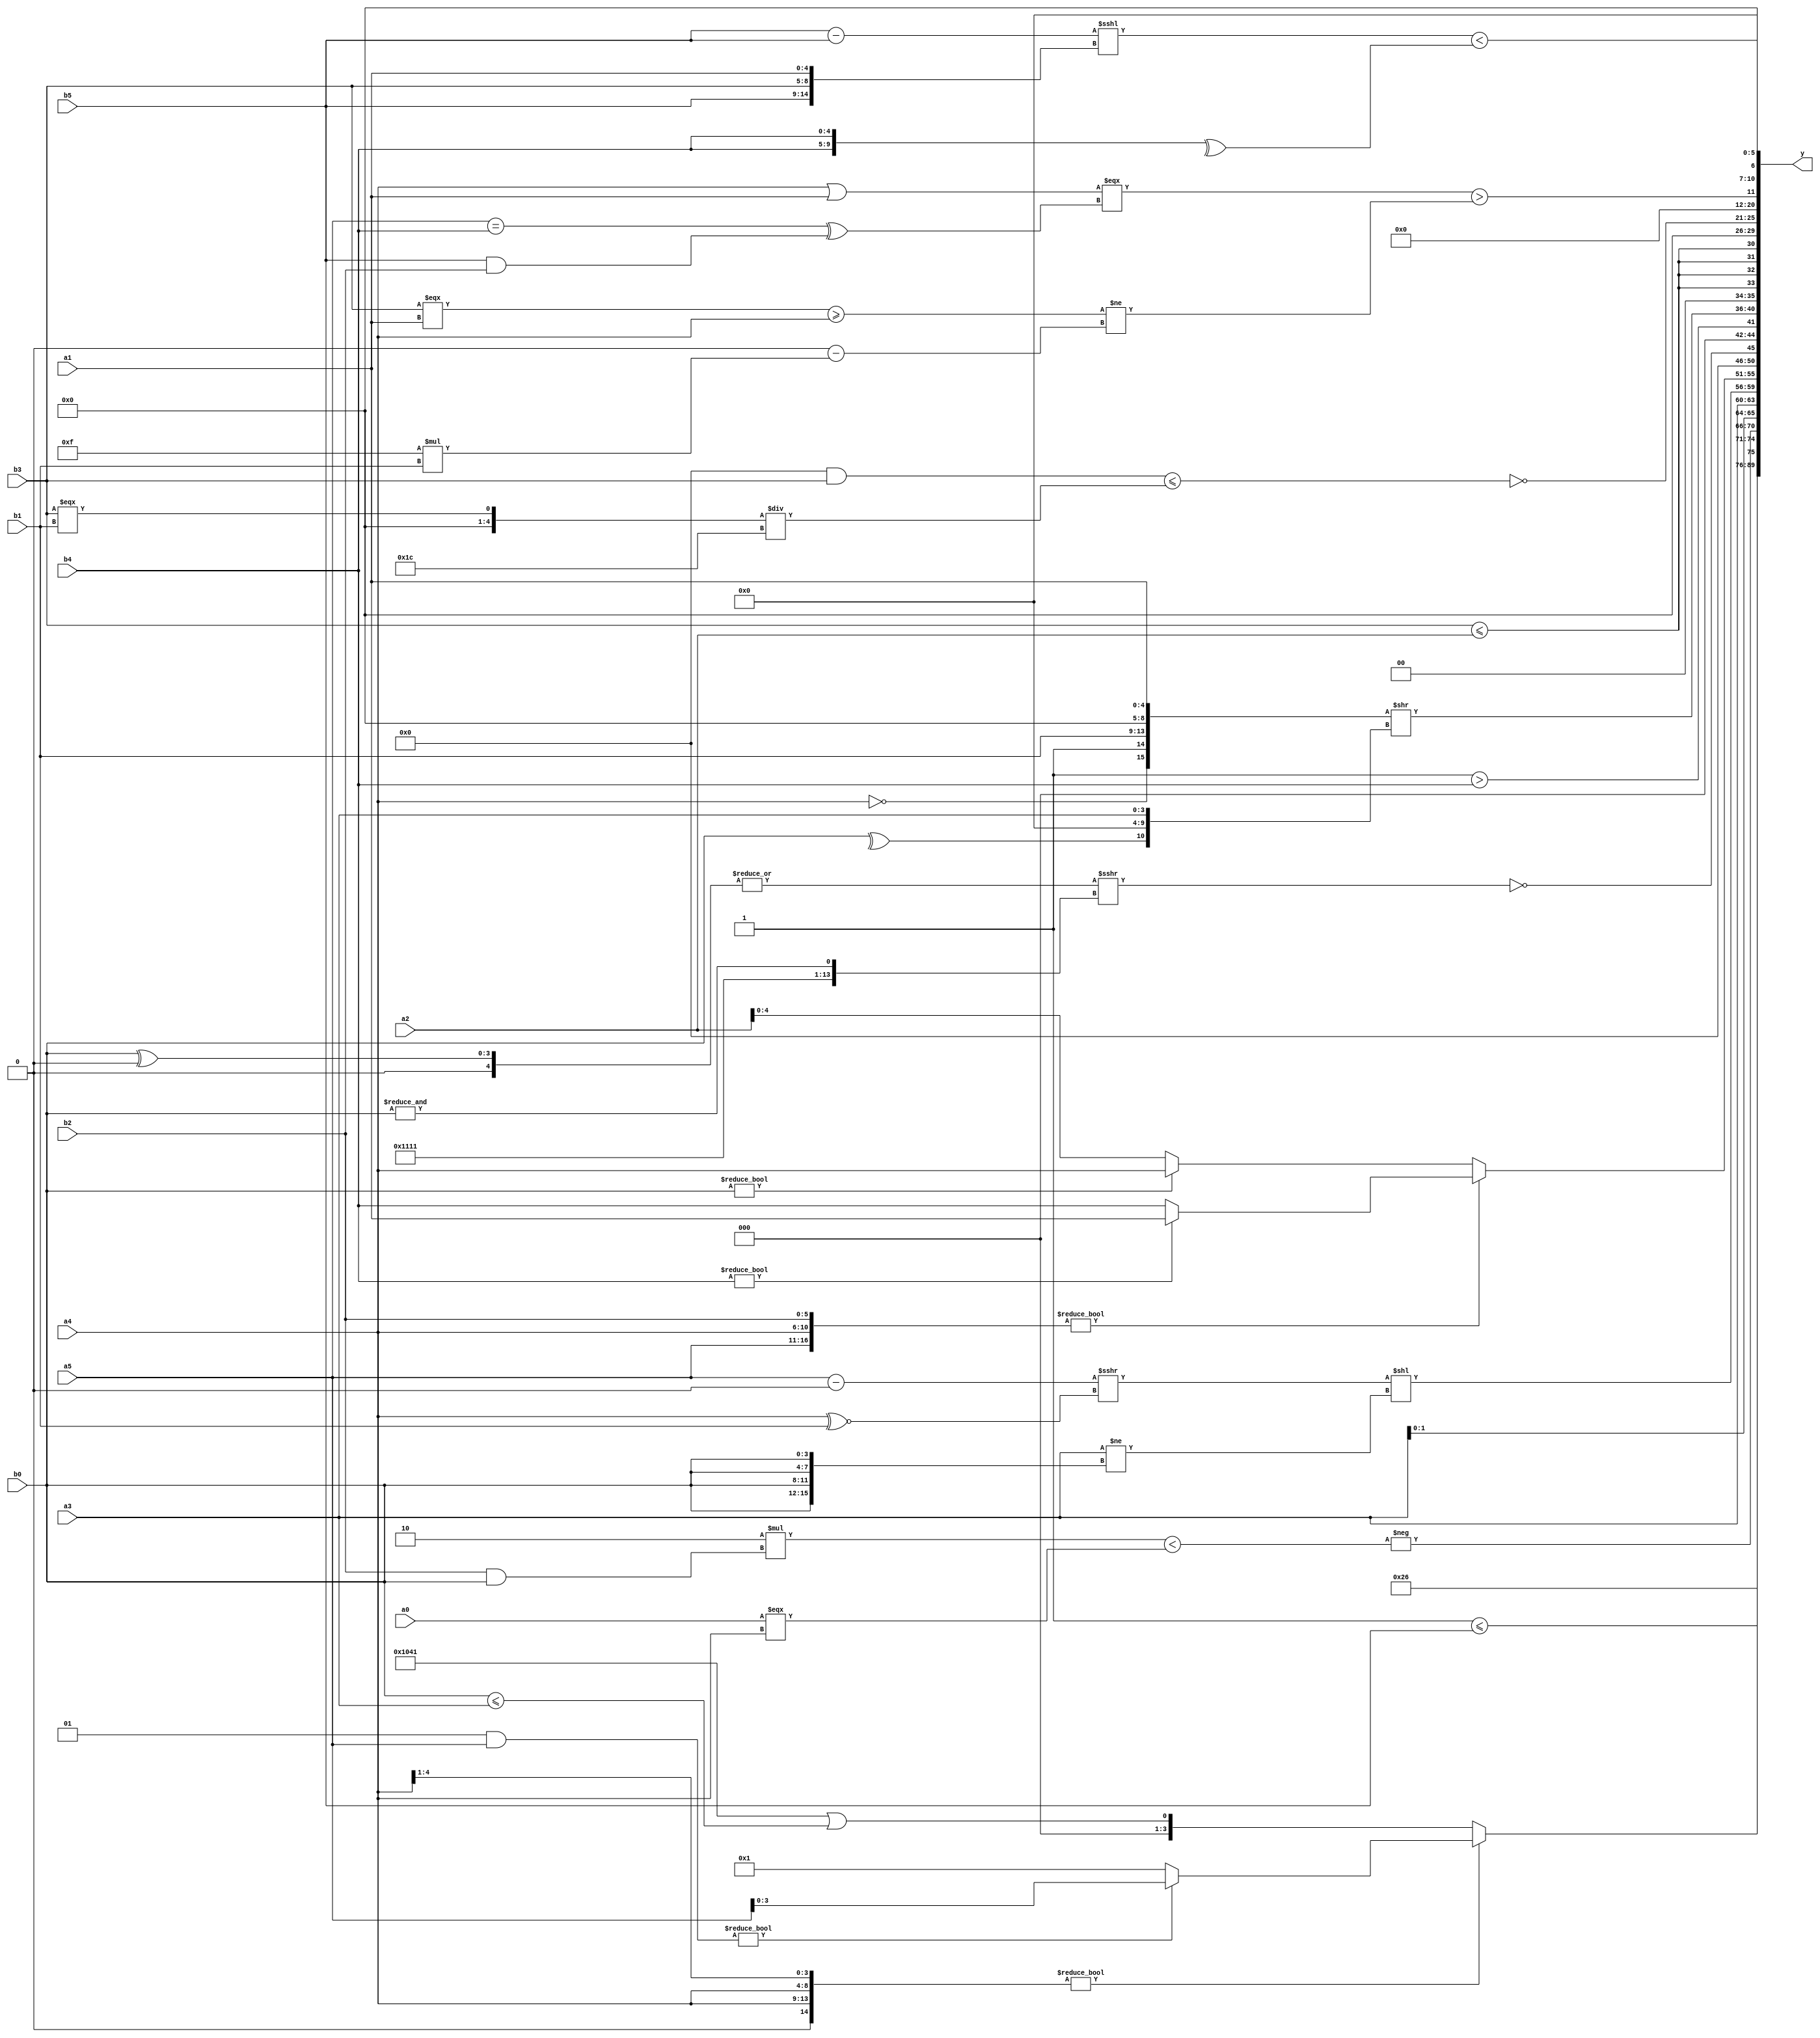
module expression_00653(a0, a1, a2, a3, a4, a5, b0, b1, b2, b3, b4, b5, y);
  input [3:0] a0;
  input [4:0] a1;
  input [5:0] a2;
  input signed [3:0] a3;
  input signed [4:0] a4;
  input signed [5:0] a5;

  input [3:0] b0;
  input [4:0] b1;
  input [5:0] b2;
  input signed [3:0] b3;
  input signed [4:0] b4;
  input signed [5:0] b5;

  wire [3:0] y0;
  wire [4:0] y1;
  wire [5:0] y2;
  wire signed [3:0] y3;
  wire signed [4:0] y4;
  wire signed [5:0] y5;
  wire [3:0] y6;
  wire [4:0] y7;
  wire [5:0] y8;
  wire signed [3:0] y9;
  wire signed [4:0] y10;
  wire signed [5:0] y11;
  wire [3:0] y12;
  wire [4:0] y13;
  wire [5:0] y14;
  wire signed [3:0] y15;
  wire signed [4:0] y16;
  wire signed [5:0] y17;

  output [89:0] y;
  assign y = {y0,y1,y2,y3,y4,y5,y6,y7,y8,y9,y10,y11,y12,y13,y14,y15,y16,y17};

  localparam [3:0] p0 = ((3'd3)?(-2'sd1):(3'd2));
  localparam [4:0] p1 = {(&{{{(3'd6)},{(5'd12)},(|(4'd5))},{(^(2'd2)),((5'sd2)===(5'sd13)),((-2'sd0)>>>(2'sd0))}})};
  localparam [5:0] p2 = ((((3'd3)==(5'd13))>((3'sd1)^~(5'd30)))!=(((3'd0)^(-3'sd1))&((2'sd0)<=(-4'sd2))));
  localparam signed [3:0] p3 = (-(!((5'd11)?(5'd1):(5'sd7))));
  localparam signed [4:0] p4 = (+{(~^(|{3{{(4'sd5),(5'd1)}}}))});
  localparam signed [5:0] p5 = {{(2'd1),(3'd1)},{(5'd24),(3'sd0)},((5'd6)===(5'd20))};
  localparam [3:0] p6 = {(((2'sd0)|(2'd2))&((2'sd1)>=(2'd0))),(~&(4'd2 * (3'd1)))};
  localparam [4:0] p7 = (+(3'd7));
  localparam [5:0] p8 = (((2'sd0)<=(4'd12))>>((-3'sd3)>(-2'sd1)));
  localparam signed [3:0] p9 = (((5'sd15)|(^(5'd2 * (3'd6))))^~(-(~(4'sd0))));
  localparam signed [4:0] p10 = ((5'd14)?(3'd6):(((-5'sd14)^(5'd29))>(4'd15)));
  localparam signed [5:0] p11 = (^(((4'sd6)>>((4'd5)&&(2'd0)))^(-3'sd2)));
  localparam [3:0] p12 = (((2'd1)*(3'sd1))<(|((5'd5)<(2'sd0))));
  localparam [4:0] p13 = (~((-2'sd1)?(5'sd3):(5'd25)));
  localparam [5:0] p14 = ((3'sd0)!==(((4'd0)<<(2'd1))<<<((-3'sd2)+(4'd2))));
  localparam signed [3:0] p15 = {1{{4{(2'd2)}}}};
  localparam signed [4:0] p16 = ((-4'sd5)==(2'sd0));
  localparam signed [5:0] p17 = {(-2'sd0),(-5'sd3),(4'sd2)};

  assign y0 = $unsigned({3{$signed((~(p11&&p11)))}});
  assign y1 = (+(~^(~^(~&(~^(!(~&(!(~^(|(|(~|(&(&(~|(!(!p13)))))))))))))))));
  assign y2 = {({(p15<=p11)}-{(p16<<p15)}),{(a1<p0),(p13+p15),(p8<=b5)}};
  assign y3 = ($unsigned(({3{a4}}>>(p8)))?((p11&a5)?(p10?a5:p6):(p5<=p5)):({3{p8}}||(b0<=a3)));
  assign y4 = (-((4'd2 * (b2&&b0))<((p14?a2:p15)?(a0===a4):((a0===a1)))));
  assign y5 = {2{a3}};
  assign y6 = (((a5-p1)>>>(a4^~b1))<<{1{((a3>>p4)!={4{b0}})}});
  assign y7 = ({a5,a4,b2}?$unsigned((b4?a1:b4)):$unsigned((b0?a4:a2)));
  assign y8 = (~&((|(+(b0^p4)))>>>{{4{p9}},(&b0)}));
  assign y9 = ((2'sd1)>$unsigned((+$unsigned(b4))));
  assign y10 = ({(!{a4}),(~(&p15)),{b1,p12,a1}}>>{(^{$signed(b0)}),{(+p2),$unsigned(a3)}});
  assign y11 = {4{(b3<=a2)}};
  assign y12 = (p16?p11:p14);
  assign y13 = (~((((a0*p16)<<(-4'sd1))&&(((+b3))))<=$signed((+(((b3===b1))/p13)))));
  assign y14 = ((({p12,p3}>>{p15,p4})>=({p15}?{p17,p17}:(p4?p12:a0)))<<<(((5'd7)?(p11?p6:p12):{a0,a1,a3})<=((a1==p4)?(p10?p5:p2):(p16?p14:p2))));
  assign y15 = ($signed($signed((((a4||a1))===((a5==b4)^(b5&&b2)))))>$unsigned((((b3===a1)>=(a4))!=((a1<<p15)-(p0*b1)))));
  assign y16 = (((b5-b5)<<<{b5,b3,a1})<(^{b4,b4}));
  assign y17 = (+(!({p8,b4}?(-2'sd1):(p0?b4:b0))));
endmodule